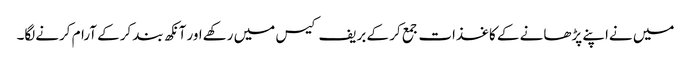
میں نےاپنے پڑھانے کے کاغذات جمع کر کے بریف کیس میں رکھےاور آنکھ بند کرکے آرام کرنےلگا۔